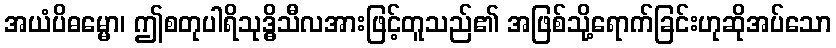
အယံပိဓမ္မော၊ ဤစတုပါရိသုဒ္ဓိသီလအားဖြင့်တူသည်၏ အဖြစ်သို့ရောက်ခြင်းဟုဆိုအပ်သော